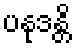
ပနုဒန္တိ